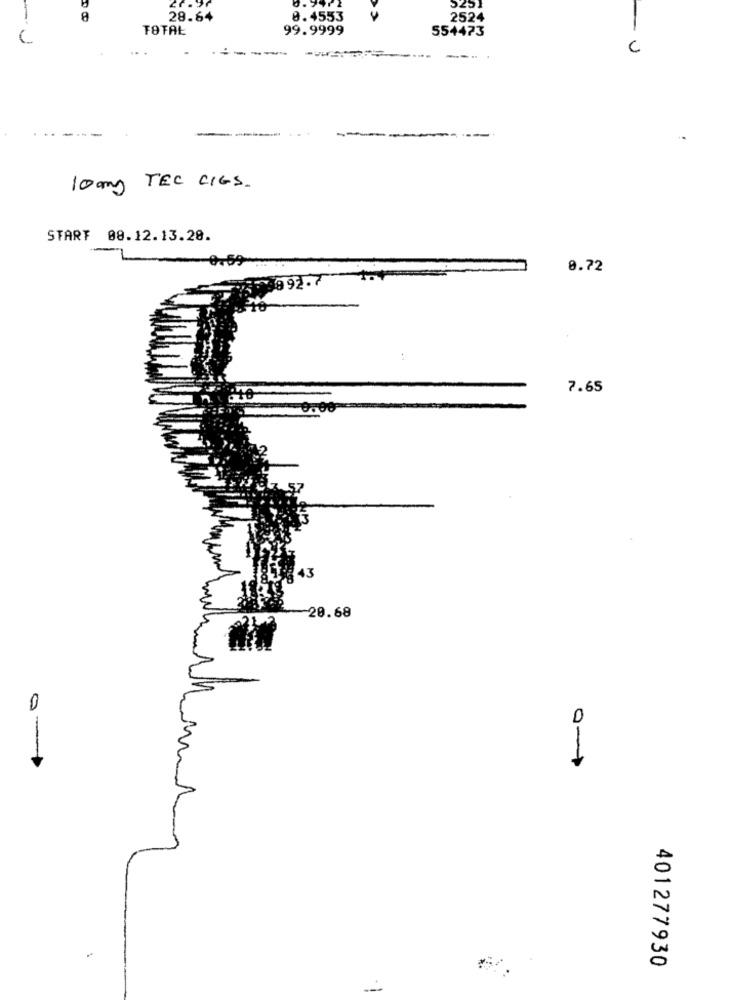
-
28.64
8.4553
2524
TOTAL
99.9999
554473
-U
10mg TEC CIGS.
START 08.12.13.20.
0.72
192.
7.65
43
20.68
0-1
0-1
401277930
---